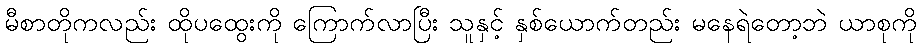
မီစာတိုကလည်း ထိုပထွေးကို ကြောက်လာပြီး သူနှင့် နှစ်ယောက်တည်း မနေရဲတော့ဘဲ ယာစုကို